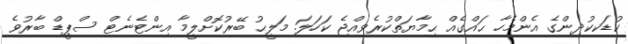
ކުޑަކކުދިންގެ އެންމެހާ ޙައްގެއް ޙިމާޔަތްކުރެވިއްޖެ ކަހަލަ. މަލީޙު ބޭރުކޮށްލީމާ އިންޓެނެޓް ސްޕީޑް ބާރުވެ